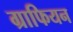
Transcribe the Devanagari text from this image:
ग्राफियन